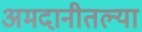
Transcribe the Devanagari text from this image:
अमदानीतल्या